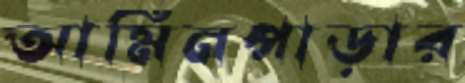
আমিনপাড়ার